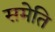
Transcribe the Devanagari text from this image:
समेति